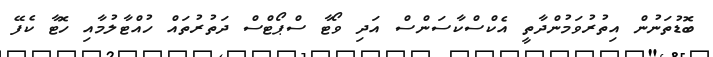
ބޮޑުތަނުން އިތުރުވަމުންދާތީ އެކްސްކާސަންސް އަދި ވޯޓާ ސްޕޯޓްސް ދަތުރުތައް ހުއްޓާލުމާއި ހޮޓާ ކެފޭ